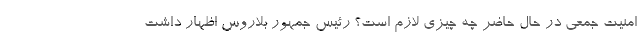
امنیت جمعی در حال حاضر چه چیزی لازم است؟ رئیس جمهور بلاروس اظهار داشت